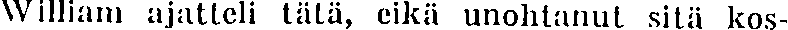
William ajatteli tätä, eikä unohtanut sitä kos-